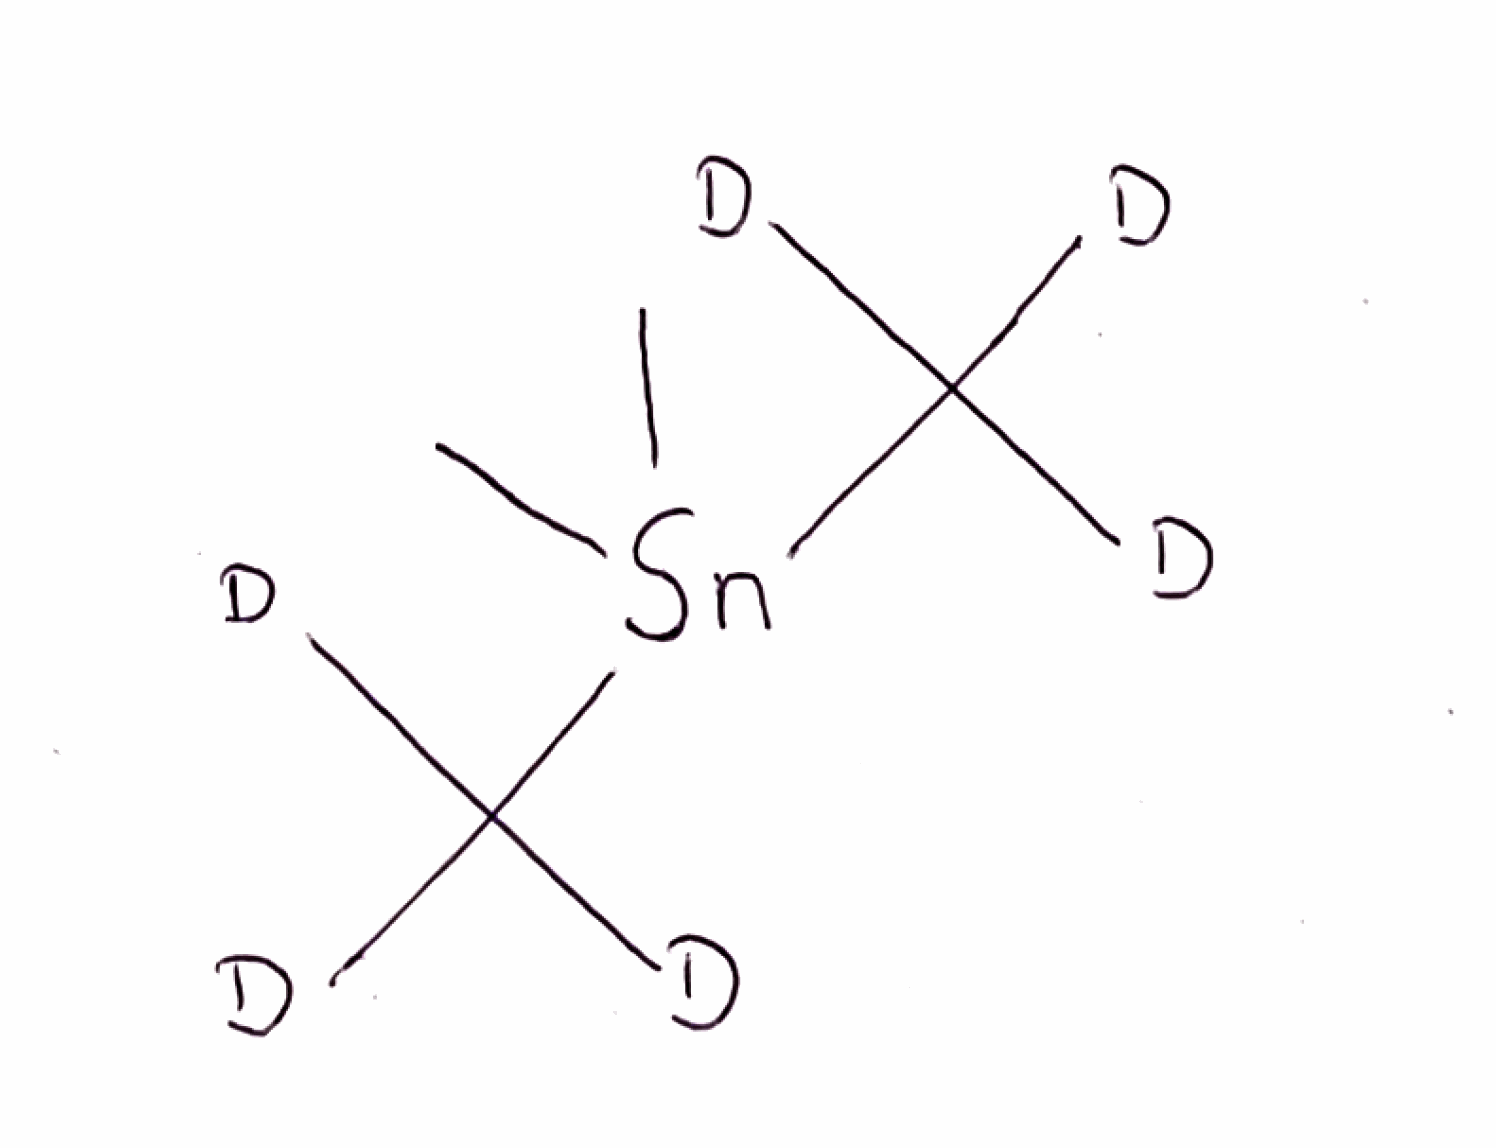
Simplified molecular-input line-entry system (SMILES) notation of the given molecule:
[2H]C([2H])([2H])[Sn](C)(C)C([2H])([2H])[2H]